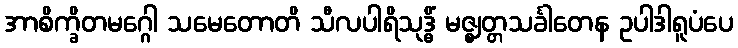
အာစိက္ခိတမဂ္ဂေါ သမေတောတိ သီလပါရိသုဒ္ဓိံ မဇ္ဈတ္တသင်္ခါတေန ဥပါဒါရူပံပေ